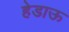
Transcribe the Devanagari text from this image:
हेडाऊ